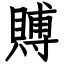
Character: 賻